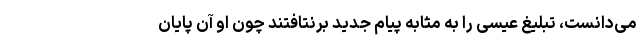
می‌دانست، تبلیغ عیسی را به مثابه پیام جدید برنتافتند چون او آن پایان